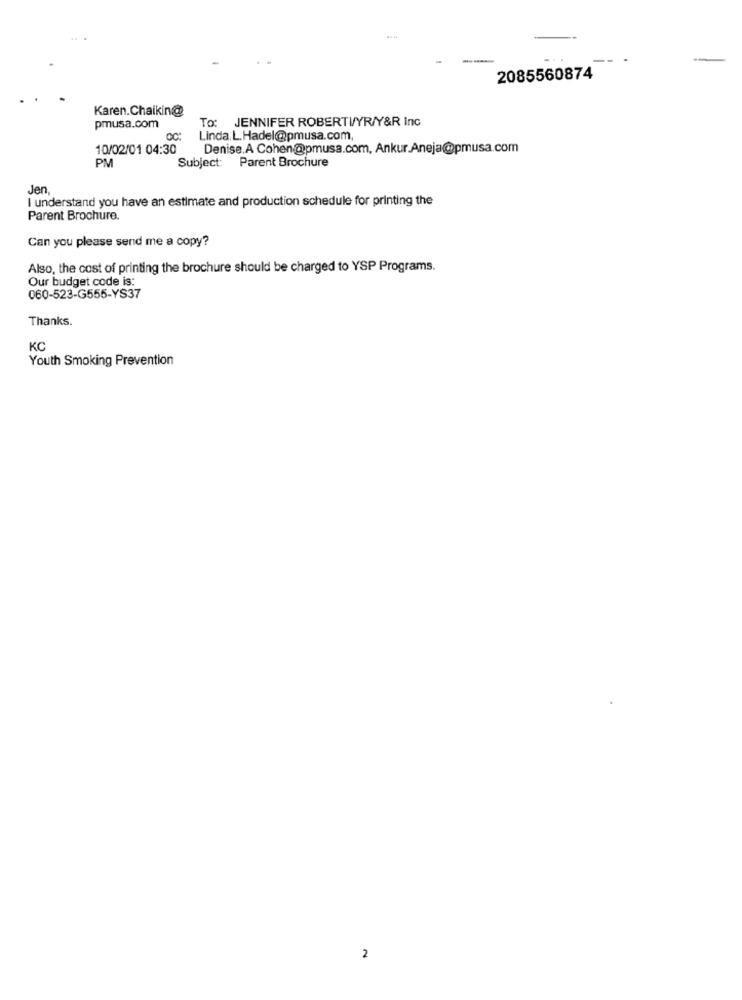
2085560874
Karen.Chaikin@
To: JENNIFER ROBERTI/YR/Y&R Inc
pmusa.com
Linda. L.Hadel@pmusa.com,
10/02/01 04:30
Denise.A Cohen@pmusa.com, Ankur.Aneja@pmusa.com
PM
Subject: Parent Brochure
Jen
I understand you have an estimate and production schedule for printing the
Parent Brochure.
Can you please send me a copy?
Also, the cost of printing the brochure should be charged to YSP Programs.
Our budget code is:
060-523-G555-YS37
Thanks.
KC
Youth Smoking Prevention
2